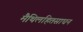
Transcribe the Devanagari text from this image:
मैथिलहितसाधन